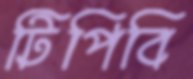
টিপিবি